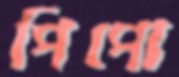
পিপো